Document type: Emphyteutic lease
Year: 1316
Scribe: Guillem de Vila
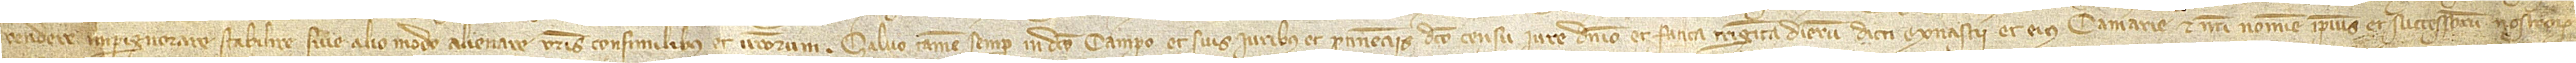
vendere, impignorare, stabilire sive alio modo alienare vestris consimilibus et vestrorum, salvo tamen semper in dicto campo et suis iuribus et pertinenciis dicto censu, iure, dominio et fatica triginta dierum dicti monasterii et eius camerarie et nostri nomine ipsius et successorum nostrorum